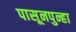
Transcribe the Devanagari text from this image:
पासूनपुन्हा